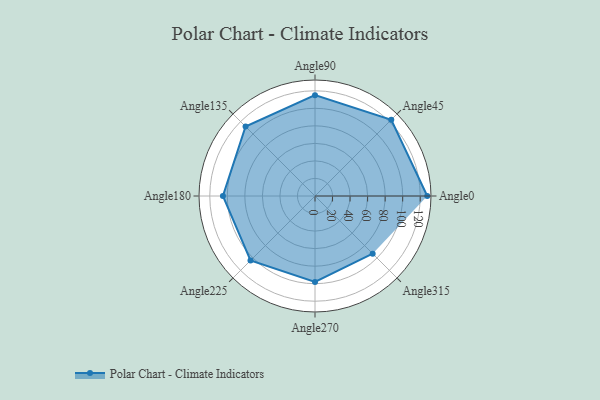
{"axis": {"x": "Angle", "y": "Radius"}, "legend": [""], "data": [{"x": "Angle0", "y": 128.0, "type": ""}, {"x": "Angle45", "y": 123.0, "type": ""}, {"x": "Angle90", "y": 115.0, "type": ""}, {"x": "Angle135", "y": 112.0, "type": ""}, {"x": "Angle180", "y": 105.0, "type": ""}, {"x": "Angle225", "y": 104.0, "type": ""}, {"x": "Angle270", "y": 98.0, "type": ""}, {"x": "Angle315", "y": 93.0, "type": ""}]}